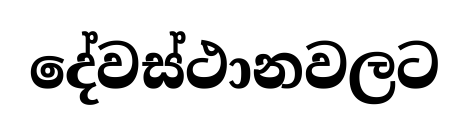
දේවස්ථානවලට